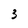
Character: 3